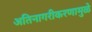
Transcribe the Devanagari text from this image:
अतिनागरीकरणामुळे